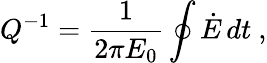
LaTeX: Q^{-1}=\frac{1}{2\pi E_{0}}\oint\dot{E}\, dt\ ,